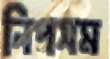
নিপসম